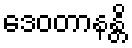
ဒေဝတာနန္တိ